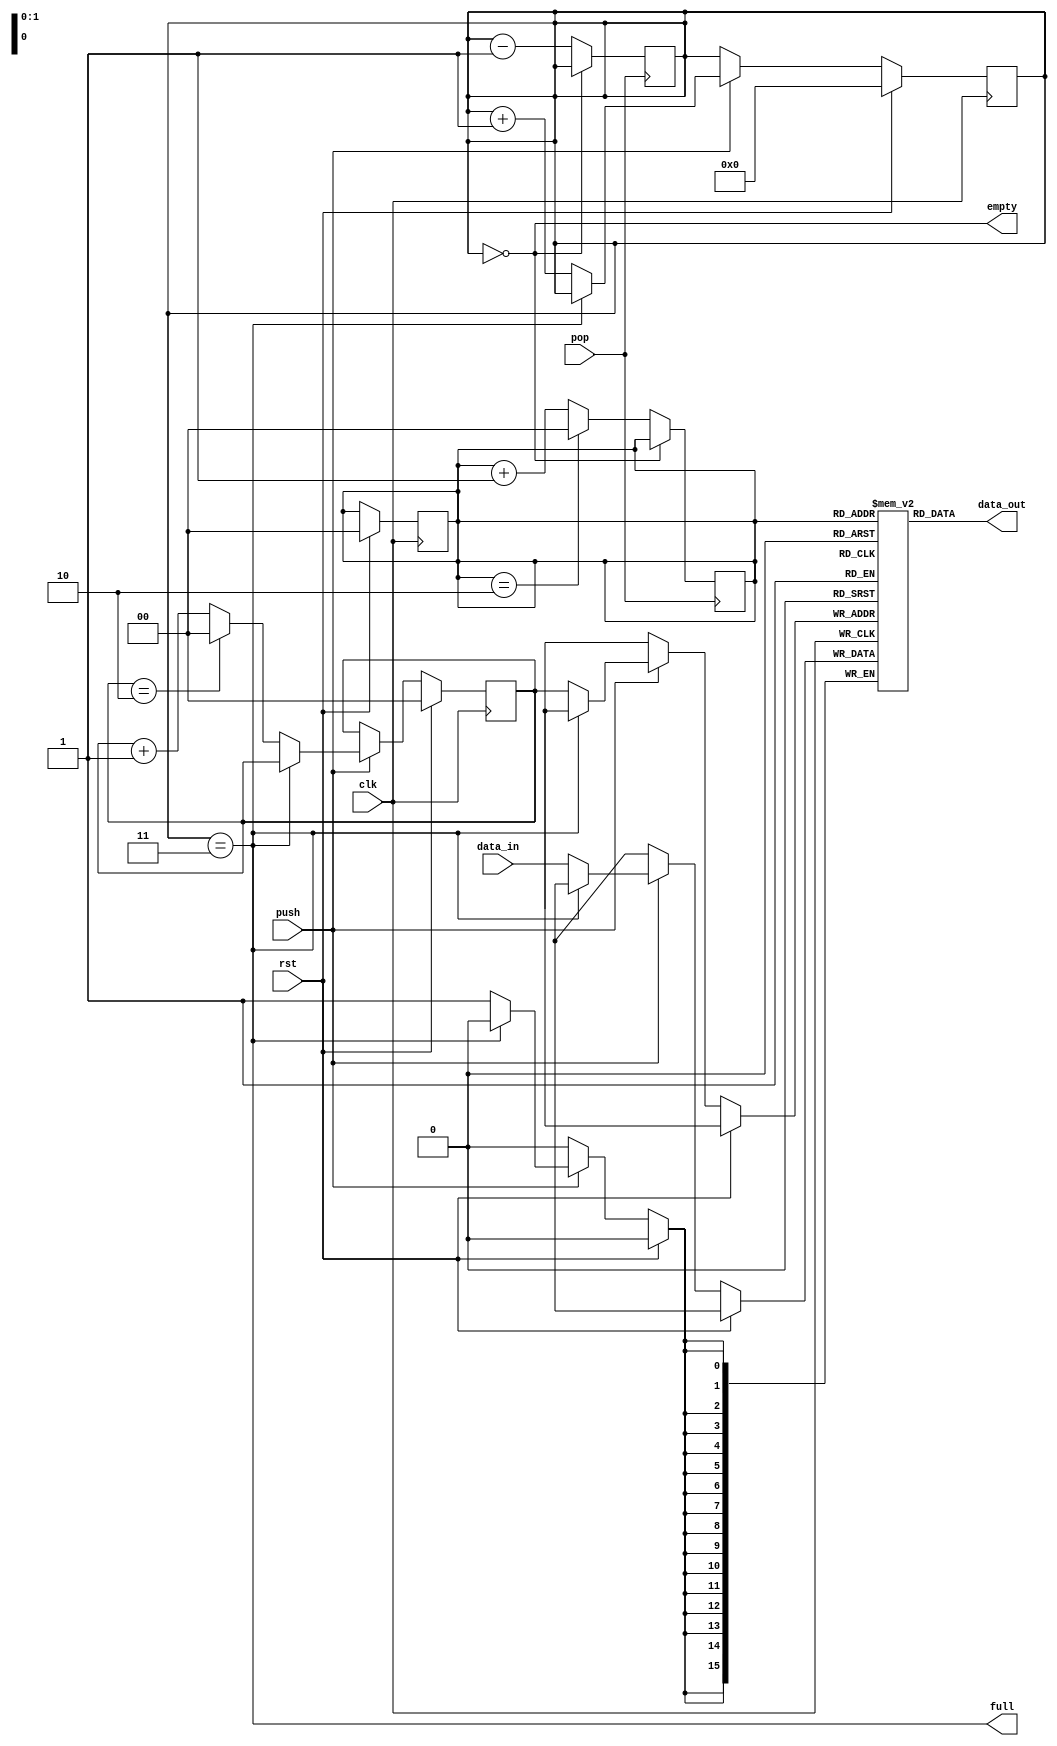
module fifo # (
    parameter SIZE = 3,
    parameter WIDTH = 16
)
(
    input clk,
    input rst,
    input push,
    input pop,
    input [WIDTH-1:0] data_in,
    output [WIDTH-1:0] data_out,
    output full,
    output empty
);

function integer clogb2 (input integer size);
    begin
      size = size - 1;
      for (clogb2=1; size>1; clogb2=clogb2+1)
        size = size >> 1;
    end
  endfunction // clogb2
localparam ADDR = clogb2(SIZE);
reg [WIDTH-1:0] mem [0:SIZE - 1];
 
reg [ADDR-1:0] sp, ep;
reg [31:0] size; 
always @ (posedge clk) begin
    if (rst) begin
        sp <= 0;
        ep <= 0;
        size <= 0;
    end else begin 
        if (push) begin
            if (size == SIZE) begin
            
            end else begin
            size <= size + 1;
            mem[ep] <= data_in;
            if (ep == SIZE - 1) begin
                ep <= 0;
            end else begin
                ep <= ep + 1;
            end
            end
        end
    end
end
always @ (posedge pop) begin
    if (size == 0) begin
    
    end else begin
    size <= size - 1;
    if (sp == SIZE - 1) begin
        sp <= 0;
    end else begin
        sp <= sp + 1;
    end
    end
end
assign full = size == SIZE;
assign empty = size == 0;
assign data_out = mem[sp];
endmodule